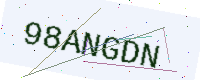
Text: 98ANGDN